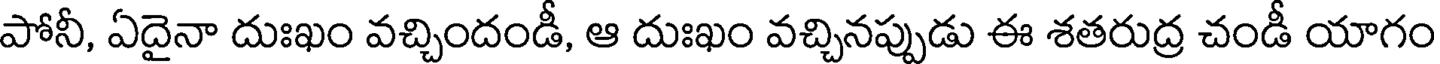
పోనీ, ఏదైనా దుఃఖం వచ్చిందండీ, ఆ దుఃఖం వచ్చినప్పుడు ఈ శతరుద్ర చండీ యాగం